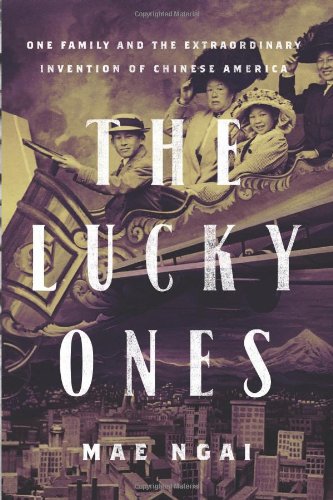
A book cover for The Lucky Ones: One Family and the Extraordinary Invention of Chinese America; Mae Ngai; Biographies & Memoirs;